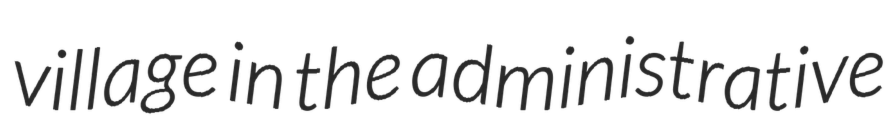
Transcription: village in the administrative